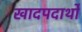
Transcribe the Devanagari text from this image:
खादपदार्थों